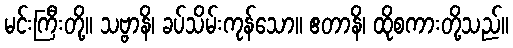
မင်းကြီးတို့။ သဗ္ဗာနိ၊ ခပ်သိမ်းကုန်သော။ ဧတာနိ၊ ထိုစကားတို့သည်။